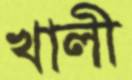
খালী